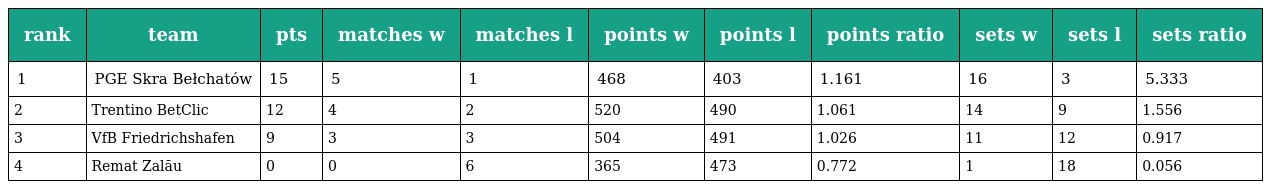
| rank | team | pts | matches w | matches l | points w | points l | points ratio | sets w | sets l | sets ratio |
 | --- | --- | --- | --- | --- | --- | --- | --- | --- | --- | --- |
 | 1 | PGE Skra Bełchatów | 15 | 5 | 1 | 468 | 403 | 1.161 | 16 | 3 | 5.333 |
 | 2 | Trentino BetClic | 12 | 4 | 2 | 520 | 490 | 1.061 | 14 | 9 | 1.556 |
 | 3 | VfB Friedrichshafen | 9 | 3 | 3 | 504 | 491 | 1.026 | 11 | 12 | 0.917 |
 | 4 | Remat Zalău | 0 | 0 | 6 | 365 | 473 | 0.772 | 1 | 18 | 0.056 |